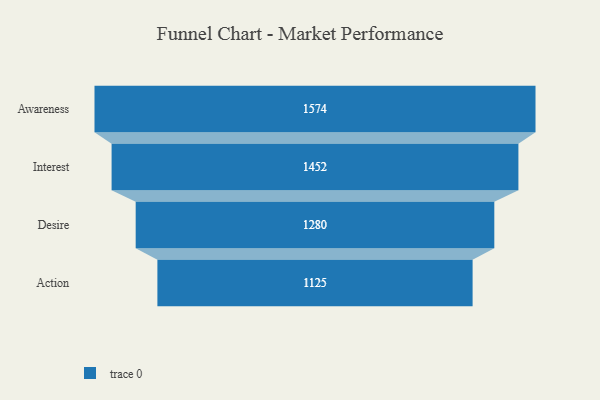
{"axis": {"x": "Stage", "y": "Value"}, "legend": [""], "data": [{"x": "Awareness", "y": 1574.0, "type": ""}, {"x": "Interest", "y": 1452.0, "type": ""}, {"x": "Desire", "y": 1280.0, "type": ""}, {"x": "Action", "y": 1125.0, "type": ""}]}